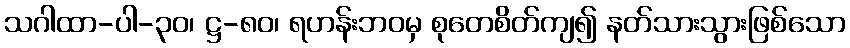
သဂါထာ-ပါ-၃၀၊ ဋ္ဌ-၈၀၊ ရဟန်းဘဝမှ စုတေစိတ်ကျ၍ နတ်သားသွားဖြစ်သော